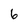
Character: 6